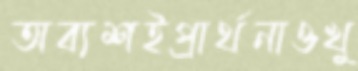
অব্যশইপ্রার্থনাওখু